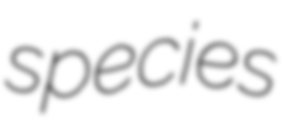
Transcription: species